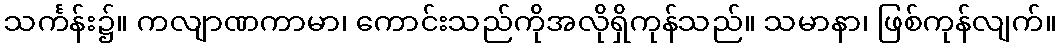
သင်္ကန်း၌။ ကလျာဏကာမာ၊ ကောင်းသည်ကိုအလိုရှိကုန်သည်။ သမာနာ၊ ဖြစ်ကုန်လျက်။